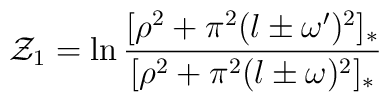
{\cal Z}_1=\ln\frac{[\rho^2+\pi^2( l\pm\omega')^2]_*}{[\rho^2+\pi^2( l\pm\omega)^2]_*}